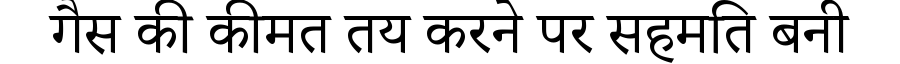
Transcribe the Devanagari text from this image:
गैस की कीमत तय करने पर सहमति बनी